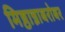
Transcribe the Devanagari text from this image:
मिष्ठान्नाबरोबर